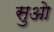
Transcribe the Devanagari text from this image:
सुओ